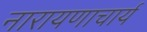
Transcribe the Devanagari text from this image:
नारायणाचार्य